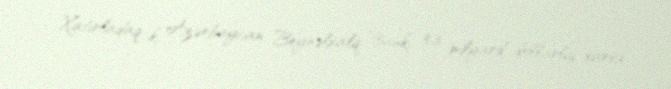
Xatırladaq ki, Azərbaycan Beynəlxalq Bankı 3.3 milyard dollarlıq xarici